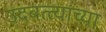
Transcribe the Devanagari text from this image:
उदबत्त्यांच्या